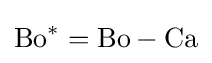
\mathrm {Bo^{*}} =\mathrm {Bo} -\mathrm {Ca}